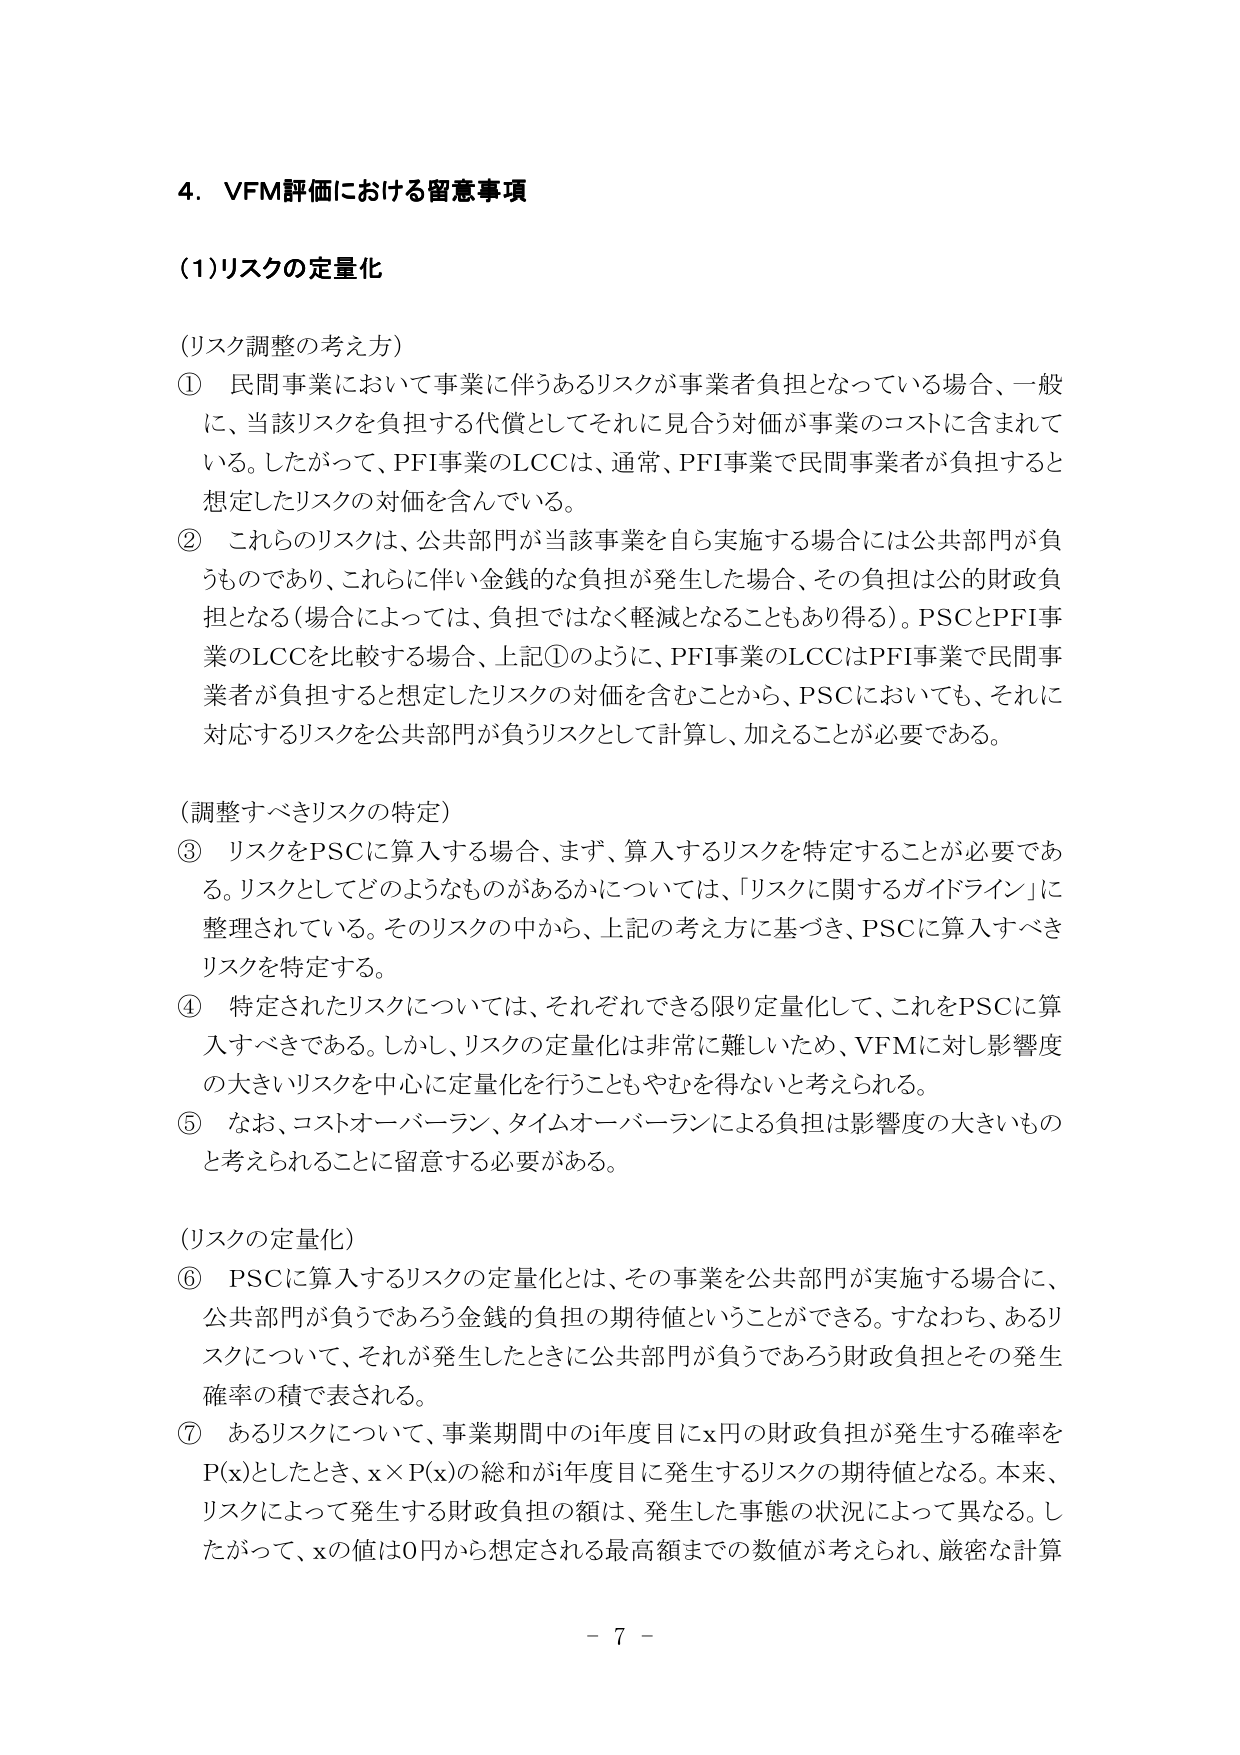
4. VFM評価における留意事項

(1)リスクの定量化

(リスク調整の考え方)
① 民間事業において事業に伴うあるリスクが事業者負担となっている場合、一般に、当該リスクを負担する代償としてそれに見合う対価が事業のコストに含まれている。したがって、PFI事業のLCCは、通常、PFI事業で民間事業者が負担すると想定したリスクの対価を含んでいる。
② これらのリスクは、公共部門が当該事業を自ら実施する場合には公共部門が負うものであり、これに伴い金銭的な負担が発生した場合、その負担は公的財政負担となる（場合によっては、負担ではなく軽減となることもあり得る）。PSCとPFI事業のLCCを比較する場合、上記①のように、PFI事業のLCCはPFI事業で民間事業者が負担すると想定したリスクの対価を含むことから、PSCにおいても、それに対応するリスクを公共部門が負うリスクとして計算し、加えることが必要である。

(調整すべきリスクの特定)
③ リスクをPSCに算入する場合、まず、算入するリスクを特定することが必要である。リスクとしてどのようなものがあるかについては、「リスクに関するガイドライン」に整理されている。そのリスクの中から、上記の考え方に基づき、PSCに算入すべきリスクを特定する。
④ 特定されたリスクについては、それぞれできる限り定量化して、これをPSCに算入すべきである。しかし、リスクの定量化は非常に難しいため、VFMに対し影響度の大きいリスクを中心に定量化を行うこともやむを得ないと考えられる。
⑤ なお、コストオーバーラン、タイムオーバーランによる負担は影響度の大きいものと考えられることに留意する必要がある。

(リスクの定量化)
⑥ PSCに算入するリスクの定量化とは、その事業を公共部門が実施する場合に、公共部門が負うであろう金銭的負担の期待値ということができる。すなわち、あるリスクについて、それが発生したときに公共部門が負うであろう財政負担とその発生確率の積で表される。
⑦ あるリスクについて、事業期間中のi年度目にx円の財政負担が発生する確率をP(x)としたとき、x×P(x)の総和がi年度目に発生するリスクの期待値となる。本来、リスクによって発生する財政負担の額は、発生した事態の状況によって異なる。したがって、xの値は0円から想定される最高額までの数値が考えられ、厳密な計算

- 7 -